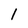
Character: l